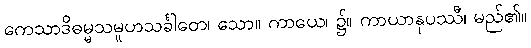
ကေသာဒိဓမ္မသမူဟသင်္ခါတေ၊ သော။ ကာယေ၊ ၌။ ကာယာနုပဿီ၊ မည်၏။